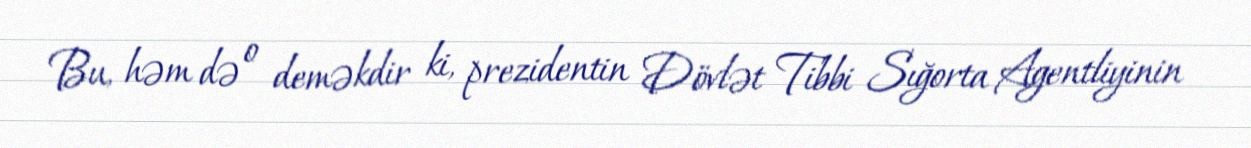
Bu, həm də o deməkdir ki, prezidentin Dövlət Tibbi Sığorta Agentliyinin